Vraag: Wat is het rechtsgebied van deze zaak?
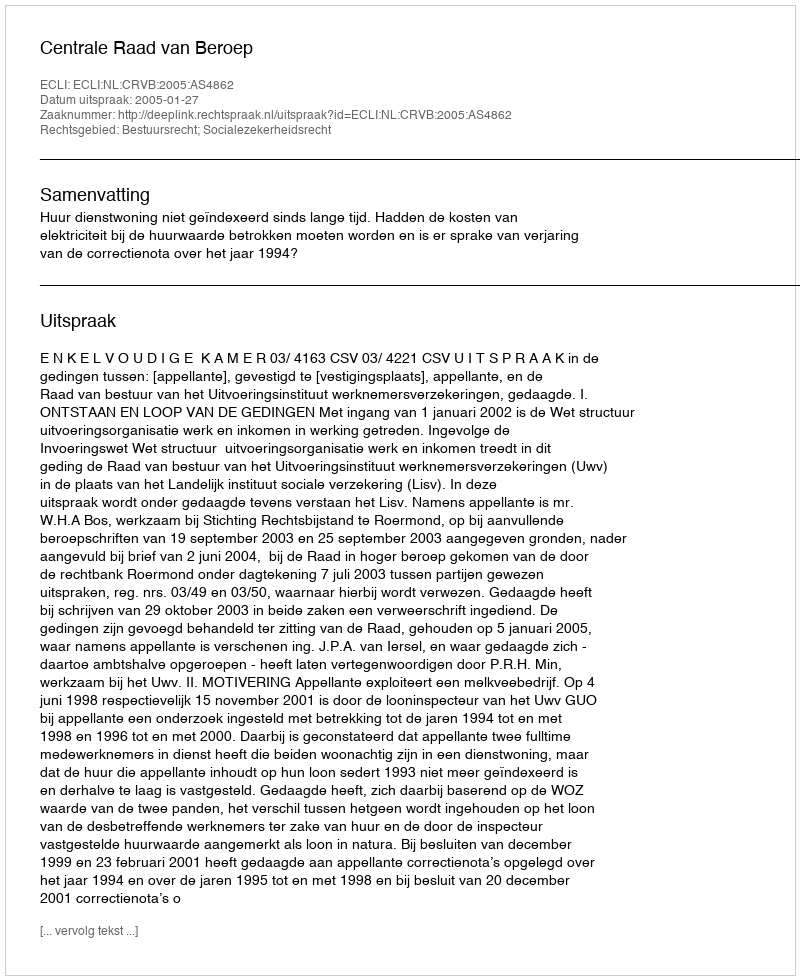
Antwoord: Bestuursrecht; Socialezekerheidsrecht